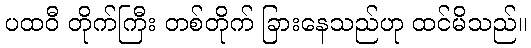
ပထဝီ တိုက်ကြီး တစ်တိုက် ခြားနေသည်ဟု ထင်မိသည်။